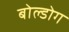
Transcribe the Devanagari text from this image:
बोल्डोग